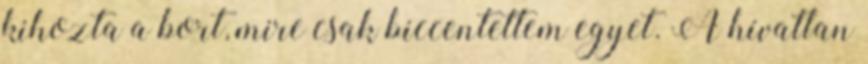
kihozta a bort, mire csak biccentettem egyet. A hívatlan